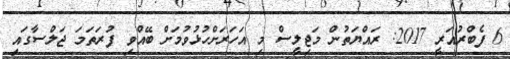
6 ފެބްރުއަރީ 2017: ރައްޔަތުން މަޖިލީސް މި އަހަރަށްހުޅުވުމަށް ބޭއްވި ފުރަތަމަ ޖަލްސާގައި